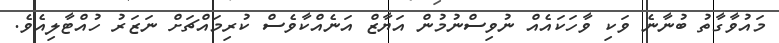
މައުވާގާތު ބުނާނެ ވަކި ވާހަކައެއް ނުވިސްނުމުން އަޔާޒް އަނެއްކާވެސް ކުރިމައްޗަށް ނަޒަރު ހުއްޓާލިއެވެ.